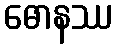
ဓောနဿ